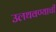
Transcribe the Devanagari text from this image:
उलथवण्याची